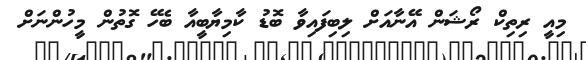
މިއީ ރިތިކް ރޯޝަން އޭނާއަށް ލިބިފައިވާ ބޮޑު ކާމިޔާބީއާ ބެހޭ ގޮތުން މީހުންނަށް